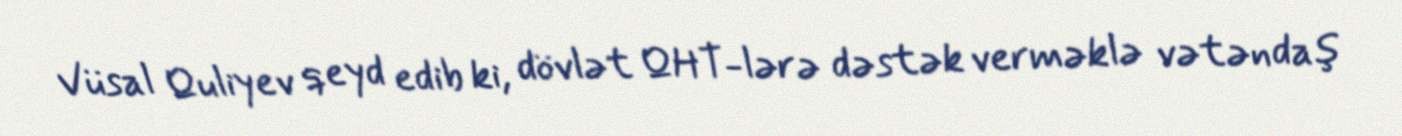
Vüsal Quliyev qeyd edib ki, dövlət QHT-lərə dəstək verməklə vətəndaş